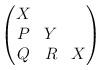
LaTeX: \begin{align*}\begin{pmatrix}X \\P & Y \\Q & R & X\end{pmatrix}\end{align*}